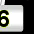
Digit: 6